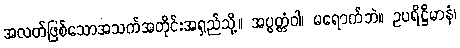
အလတ်ဖြစ်သောအသက်အတိုင်းအရှည်သို့။ အပ္ပတ္တံဝါ၊ မရောက်ဘဲ။ ဥပရိဋ္ဌိမာနံ၊